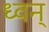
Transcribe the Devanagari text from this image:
ध्वन्